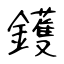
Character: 鑊